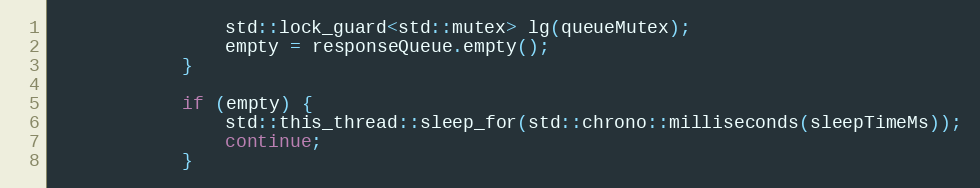
Language: C++
                std::lock_guard<std::mutex> lg(queueMutex);
                empty = responseQueue.empty();
            }

            if (empty) {
                std::this_thread::sleep_for(std::chrono::milliseconds(sleepTimeMs));
                continue;
            }